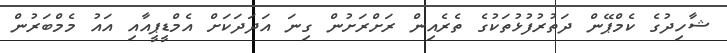
ޝާހިދުގެ ކެމްޕޭން ދަތުރުފުޅުތަކުގެ ތެރެއިން ރަށްރަށުން ގިނަ އަދަދަކަށް އެމްޑީޕީއާއި އައު މެމްބަރުން